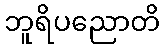
ဘူရိပညောတိ